Annual report of the Bengal Veterinary College and of the Civil Veterinary Department, Bengal, for the year 1920-21 - 1920-1921
Year: 1920
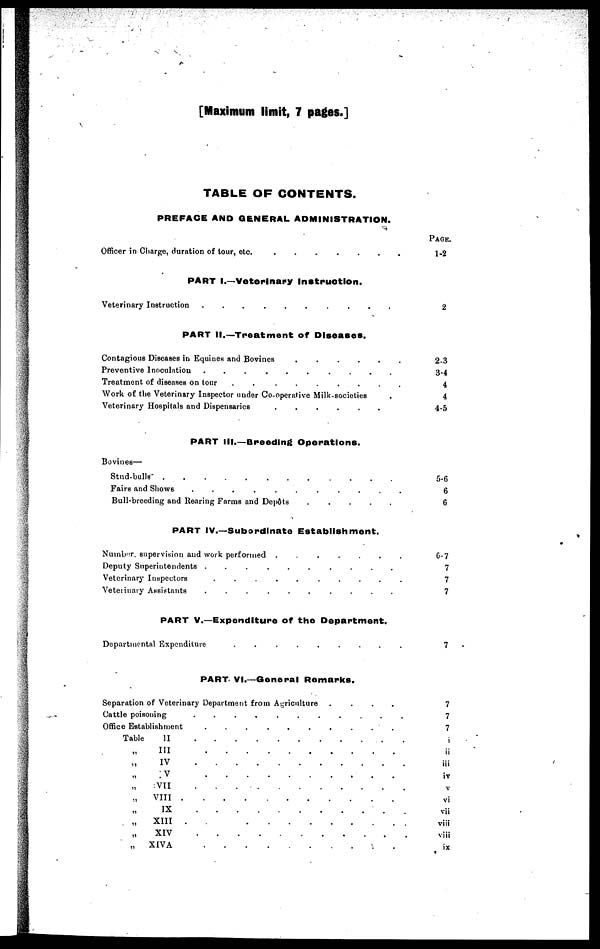
[Maximum limit, 7 pages.]
TABLE OF CONTENTS.
PREFACE AND GENERAL ADMINISTRATION.
Officer in charge, duration of tour, etc. . . . . . . .
PART I.—Veterinary Instruction.
Veterinary Instruction . . . . . . . . . .
PART II.— Treatment of Diseases.
Contagious Dieases in Equines and Bovines . . . . . .
Preventive Inoculation . . . . . . . . . .
Treatment of diseases on lour
.
.
.
.
.
.
.
.
.
Work of the Veterinary Inspector under Co-operative Milk-societies .
Veterinary Hospital and Dispensaries . . . . . .
PART III.—Breeding Operations.
Bovines—
Stud-bulls . . . . . . . . . . . .
Fairs and shows . . . . . . . . . . .
Bull-breeding and Rearing Farms and
Depôts . . . . . .
PART IV.—Subordinate Establishment.
Number. supervision and work performed
.
.
.
.
.
.
.
Deputy Superintendents
.
.
.
.
.
.
.
.
.
.
Veterinary Inspectors
.
.
.
.
.
.
.
.
.
.
Veterinary Assistants
.
.
.
.
.
.
.
.
.
.
PART V.—Expenditure of the Department.
Departmental Expenditure . . . . . . . .
PART VI.—General Remarks.
Separation of Veterinary Department from Agriculture
.
.
.
.
Cattle poisoning
.
.
.
.
.
.
.
.
.
.
.
Table
.
.
.
.
.
.
.
.
.
.
.
„ III . . . . . . . . . .
„
IV.
.
.
.
.
.
.
.
.
.
.
„ V . . . . . . . . . .
„ VII
.
.
.
.
.
.
.
.
.
.
.
„ VIII . . . . . . . . . . .
„ IX . . . . . . . . . . .
„
XIII
.
.
.
.
.
.
.
.
.
.
.
„ XIV . . . . . . . . . .
„ XIVA . . . . . . . . . .
PAGE.
1-2
2
2-3
3-4
4
4
4-5
5-6
6
6
G-7
7
7
7
7
7
7
7
i
ii
iii
iv
V
vi
vii
viii
viii
ix